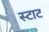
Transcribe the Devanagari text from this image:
स्टाट